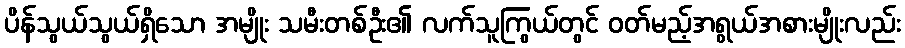
ပိန်သွယ်သွယ်ရှိသော အမျိုး သမီးတစ်ဦး၏ လက်သူကြွယ်တွင် ဝတ်မည့်အရွယ်အစားမျိုးလည်း